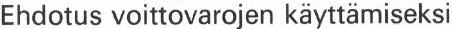
Ehdotus voittovarojen käyttämiseksi